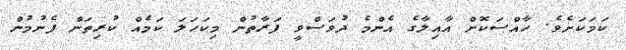
ކަމަކަށެވެ. ހާއްސަކޮށް އާއިލާގެ އެންމެ ދުވަސްވީ ފަރާތުން މިކަހަލަ ކަމެއް ކުރިތަން ފެނުމުން